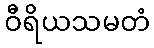
ဝီရိယသမတံ